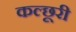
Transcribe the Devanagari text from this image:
कल्छूरी